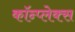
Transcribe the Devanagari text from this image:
कॉन्प्लेक्स